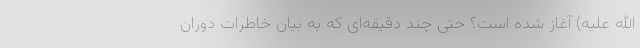
الله علیه) آغاز شده است؟ حتی چند دقیقه‌ای که به بیان خاطرات دوران